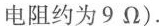
电阻约为9Ω).